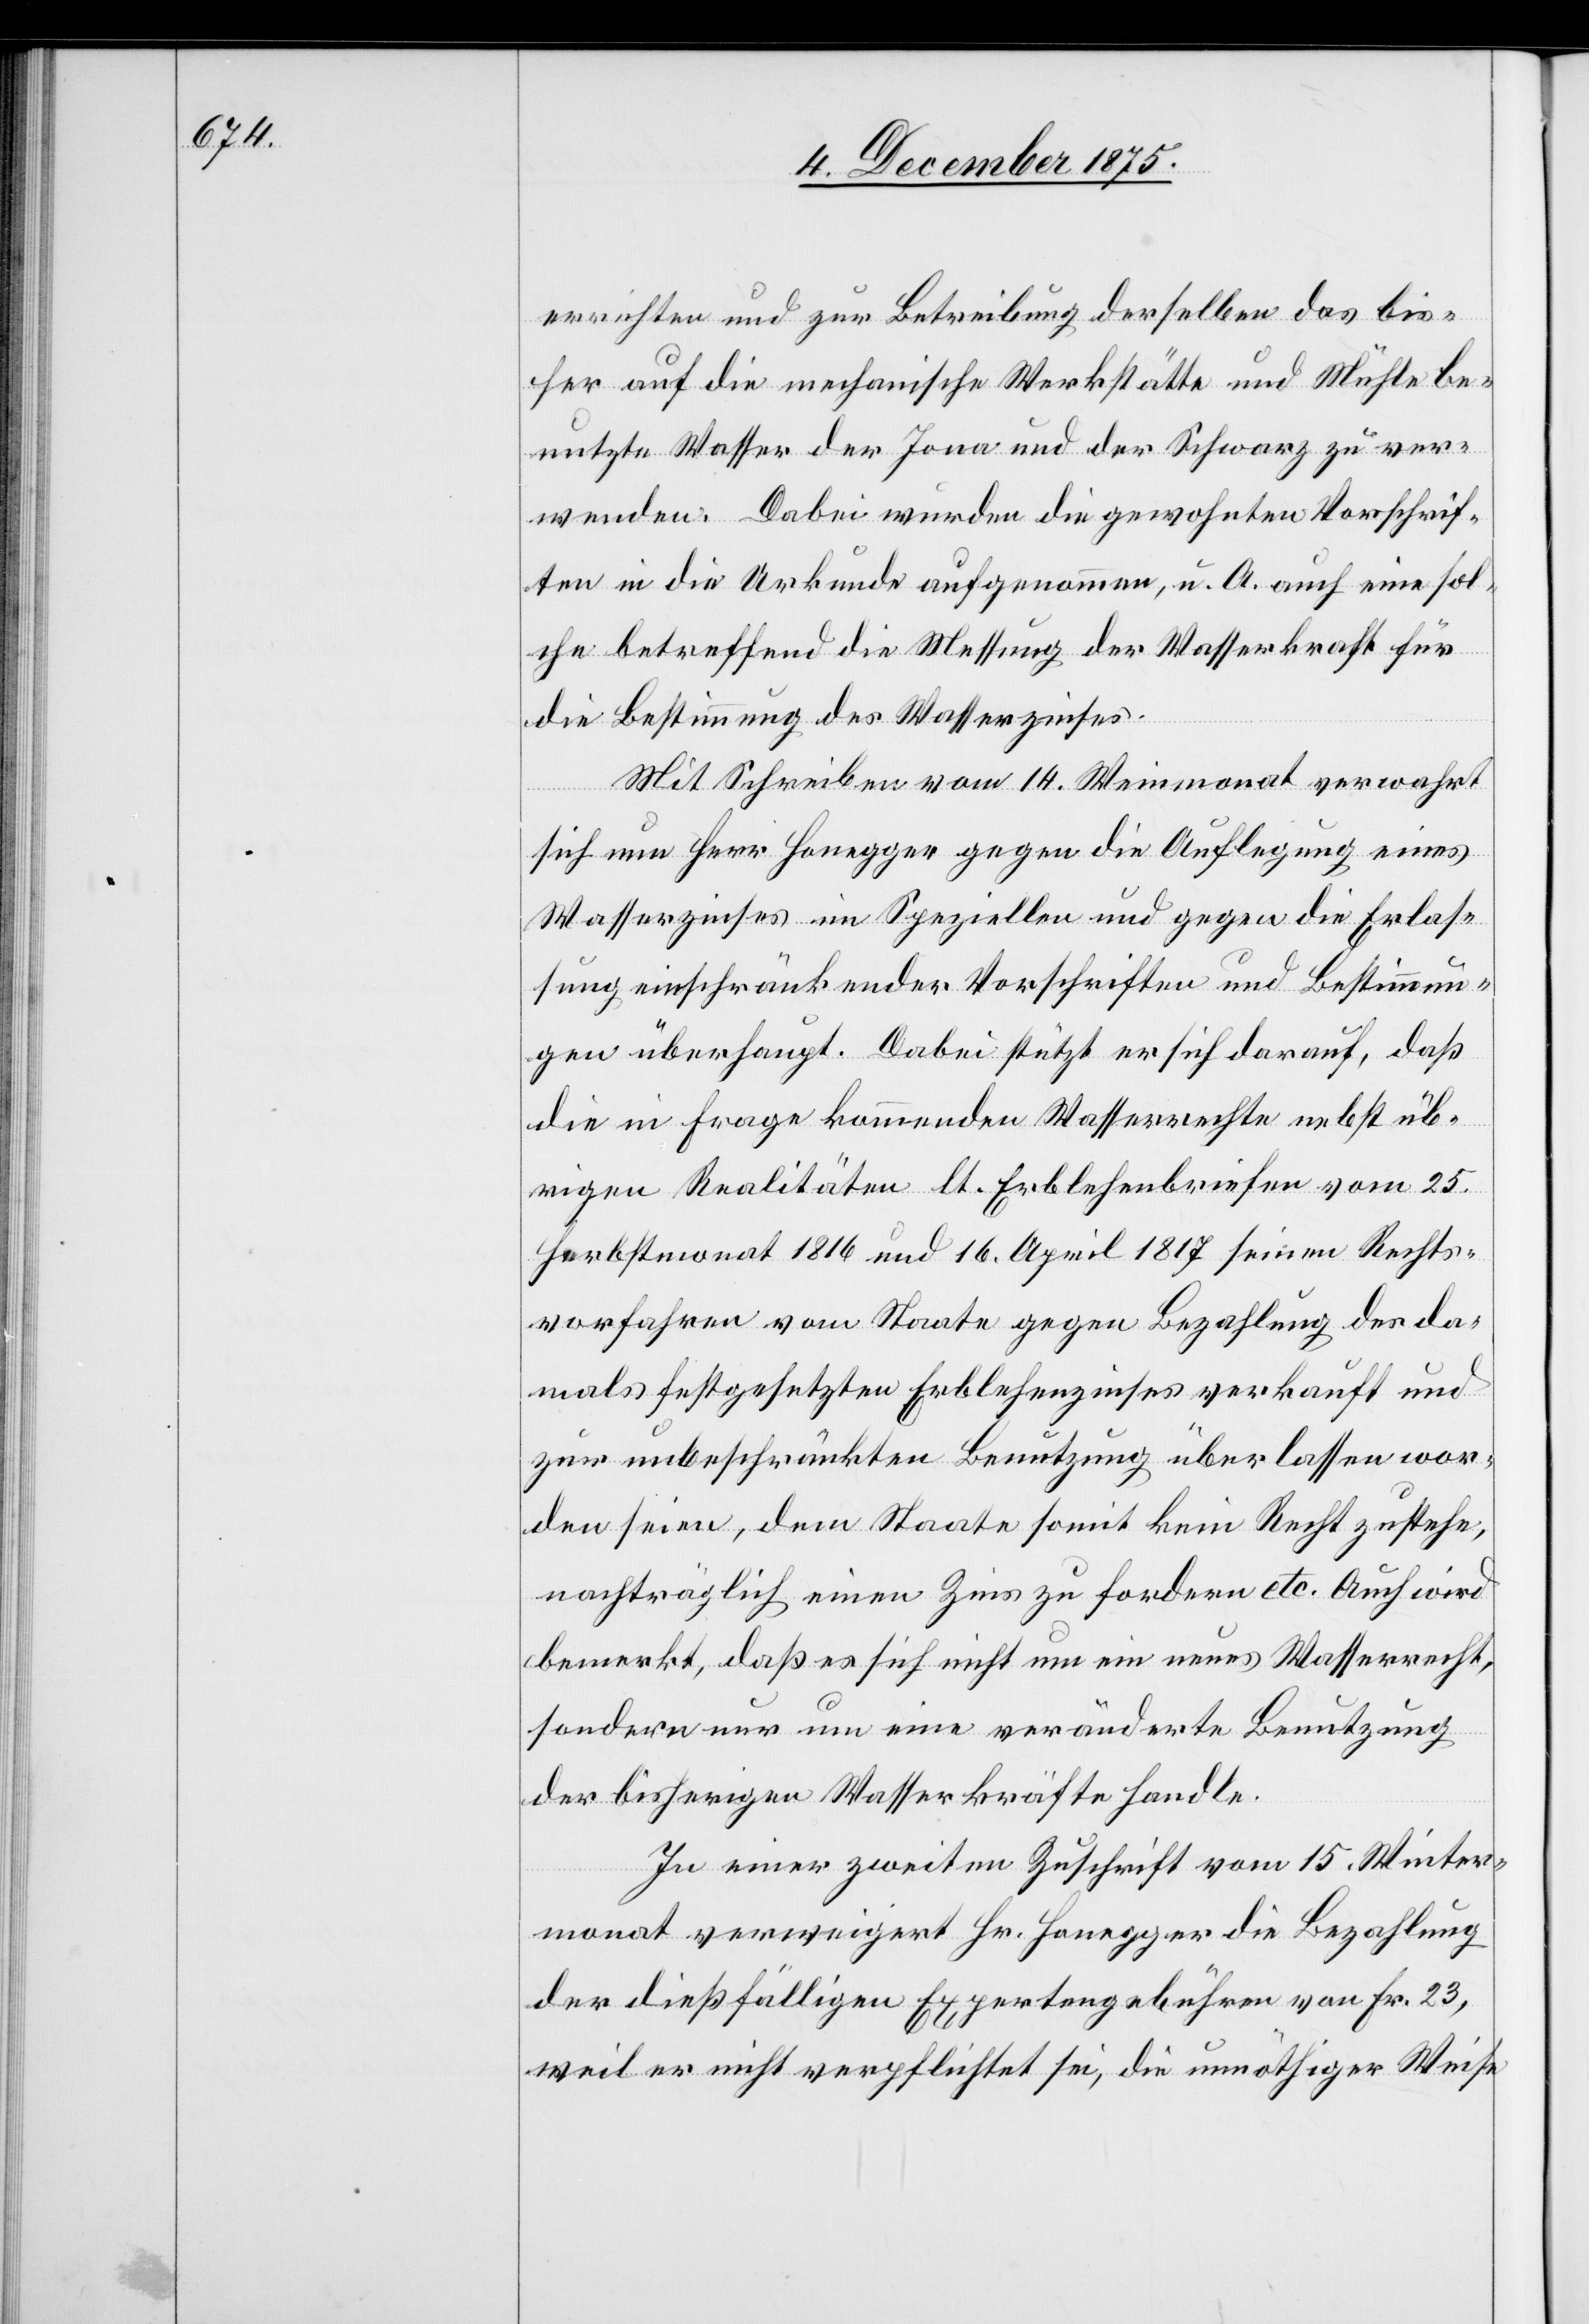
errichten und zur Betreibung derselben das bis¬
her auf die mechanische Werkstätte und Mühle be¬
nutzte Wasser der Jona und der Schwarz zu ver¬
wenden. Dabei wurden die gewohnten Vorschrif¬
ten in die Urkunde aufgenommen, u. A. auch eine sol¬
che betreffend die Messung der Wasserkraft für
die Bestimmung des Wasserzinses.
Mit Schreiben vom 14. Weinmonat verwahrt
sich nun Herr Honegger gegen die Auflegung eines
Wasserzinses im Speziellen und gegen die Erlas¬
sung einschränkender Vorschriften und Bestimmun¬
gen überhaupt. Dabei stützt er sich darauf, daß
die in Frage kommenden Wasserrechte nebst üb¬
rigen Realitäten lt. Erblehenbriefen vom 25.
Herbstmonat 1816 und 16. April 1817 seinen Rechts¬
vorfahren vom Staate gegen Bezahlung des da¬
mals festgesetzten Erblehenzinses verkauft und
zur unbeschränkten Benutzung überlassen wor¬
den seien, dem Staate somit kein Recht zustehe,
nachträglich einen Zins zu fordern etc. Auch wird
bemerkt, daß es sich nicht um ein neues Wasserrecht,
sondern nur um eine veränderte Benutzung
der bisherigen Wasserkräfte handle.
In einer zweiten Zuschrift vom 15. Winter¬
monat verweigert Hr. Honegger die Bezahlung
der dießfälligen Expertengebühren von Fr. 23,
weil er nicht verpflichtet sei, die unnöthiger Weise